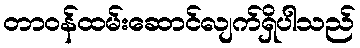
တာဝန်ထမ်းဆောင်လျက်ရှိပါသည်